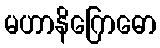
မဟာနိဂြောဓော